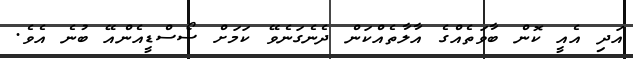
އަދި އެއީ ކޮން ބާވަތެއްގެ އާލާތެއްކަން ދެނެގަނެވޭ ކަމަށް ސޯސްޑީއެންއޭ ބުނެ އެވެ.